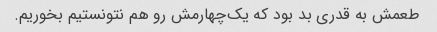
طعمش به قدری بد بود که یک‌چهارمش رو هم نتونستیم بخوریم.